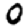
Digit: 0